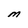
Character: M